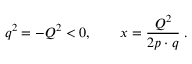
q ^ { 2 } = - Q ^ { 2 } < 0 , \qquad x = \frac { Q ^ { 2 } } { 2 p \cdot q } \; .